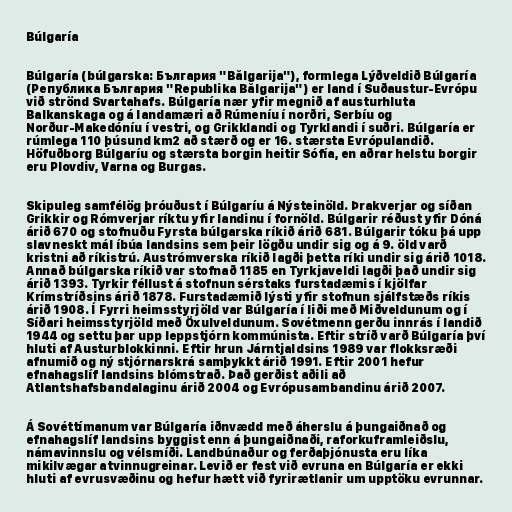
Búlgaría

Búlgaría (búlgarska: България "Bălgarija"), formlega Lýðveldið Búlgaría
(Република България "Republika Bălgarija") er land í Suðaustur-Evrópu
við strönd Svartahafs. Búlgaría nær yfir megnið af austurhluta
Balkanskaga og á landamæri að Rúmeníu í norðri, Serbíu og
Norður-Makedóníu í vestri, og Grikklandi og Tyrklandi í suðri. Búlgaría er
rúmlega 110 þúsund km2 að stærð og er 16. stærsta Evrópulandið.
Höfuðborg Búlgaríu og stærsta borgin heitir Sófía, en aðrar helstu borgir
eru Plovdiv, Varna og Burgas.

Skipuleg samfélög þróuðust í Búlgaríu á Nýsteinöld. Þrakverjar og síðan
Grikkir og Rómverjar ríktu yfir landinu í fornöld. Búlgarir réðust yfir Dóná
árið 670 og stofnuðu Fyrsta búlgarska ríkið árið 681. Búlgarir tóku þá upp
slavneskt mál íbúa landsins sem þeir lögðu undir sig og á 9. öld varð
kristni að ríkistrú. Austrómverska ríkið lagði þetta ríki undir sig árið 1018.
Annað búlgarska ríkið var stofnað 1185 en Tyrkjaveldi lagði það undir sig
árið 1393. Tyrkir féllust á stofnun sérstaks furstadæmis í kjölfar
Krímstríðsins árið 1878. Furstadæmið lýsti yfir stofnun sjálfstæðs ríkis
árið 1908. Í Fyrri heimsstyrjöld var Búlgaría í liði með Miðveldunum og í
Síðari heimsstyrjöld með Öxulveldunum. Sovétmenn gerðu innrás í landið
1944 og settu þar upp leppstjórn kommúnista. Eftir stríð varð Búlgaría því
hluti af Austurblokkinni. Eftir hrun Járntjaldsins 1989 var flokksræði
afnumið og ný stjórnarskrá samþykkt árið 1991. Eftir 2001 hefur
efnahagslíf landsins blómstrað. Það gerðist aðili að
Atlantshafsbandalaginu árið 2004 og Evrópusambandinu árið 2007.

Á Sovéttímanum var Búlgaría iðnvædd með áherslu á þungaiðnað og
efnahagslíf landsins byggist enn á þungaiðnaði, raforkuframleiðslu,
námavinnslu og vélsmíði. Landbúnaður og ferðaþjónusta eru líka
mikilvægar atvinnugreinar. Levið er fest við evruna en Búlgaría er ekki
hluti af evrusvæðinu og hefur hætt við fyrirætlanir um upptöku evrunnar.